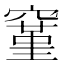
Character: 𬔐